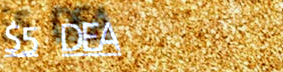
$5 DEAL